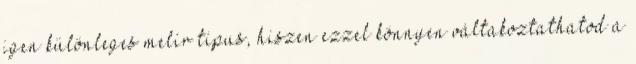
igen különleges melír típus, hiszen ezzel könnyen váltakoztathatod a